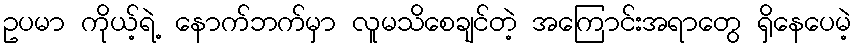
ဥပမာ ကိုယ့်ရဲ့ နောက်ဘက်မှာ လူမသိစေချင်တဲ့ အကြောင်းအရာတွေ ရှိနေပေမဲ့